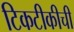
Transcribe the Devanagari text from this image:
टिकटीकीची